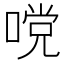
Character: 𭉧